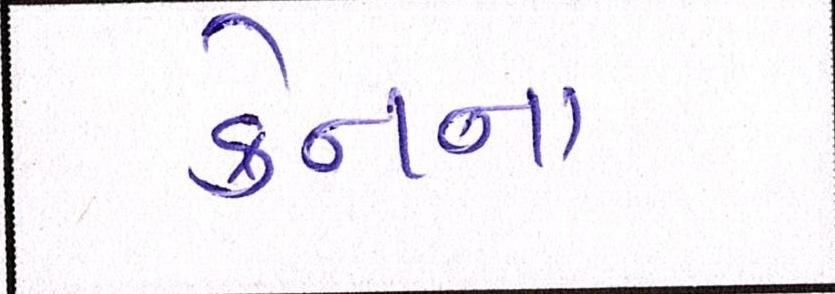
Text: ક્રેનના